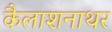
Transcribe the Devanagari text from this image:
कैलाशनाथर